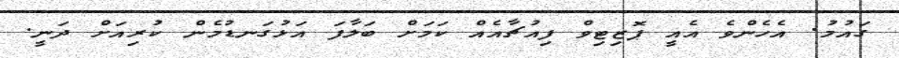
ގައުމު. އެހެންވެ އެއީ ޕޮޒިޓިވް ފިއުޗާއެއް ކަމަށް ބަލާފަ އަޅުގަނޑުމެން ކުރިއަށް ދަނީ.